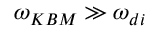
\omega _ { K B M } \gg \omega _ { d i }